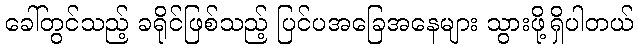
ခေါ်တွင်သည့် ခရိုင်ဖြစ်သည့် ပြင်ပအခြေအနေများ သွားဖို့ရှိပါတယ်